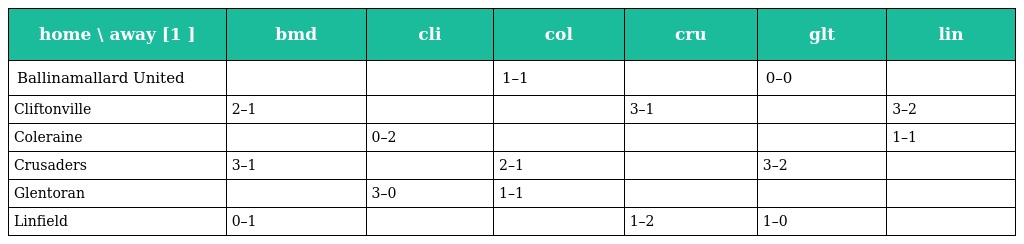
| home \ away [1 ] | bmd | cli | col | cru | glt | lin |
 | --- | --- | --- | --- | --- | --- | --- |
 | Ballinamallard United |  |  | 1–1 |  | 0–0 |  |
 | Cliftonville | 2–1 |  |  | 3–1 |  | 3–2 |
 | Coleraine |  | 0–2 |  |  |  | 1–1 |
 | Crusaders | 3–1 |  | 2–1 |  | 3–2 |  |
 | Glentoran |  | 3–0 | 1–1 |  |  |  |
 | Linfield | 0–1 |  |  | 1–2 | 1–0 |  |